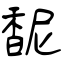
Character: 馜